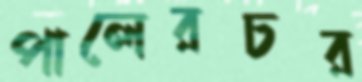
পালেরচর